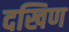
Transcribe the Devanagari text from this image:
दखिण